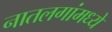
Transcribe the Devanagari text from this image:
नातलगांमध्ये